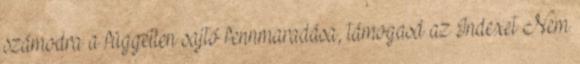
számodra a független sajtó fennmaradása, támogasd az Indexet Nem